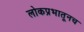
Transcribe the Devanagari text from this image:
लोकप्रभातूनच